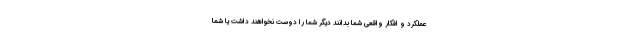
عملکرد و افکار واقعی شما بدانند دیگر شما را دوست نخواهند داشت یا شما